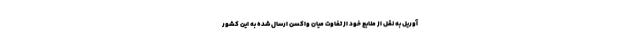
آوریل به نقل از منابع خود از تفاوت میان واکسن ارسال شده به این کشور